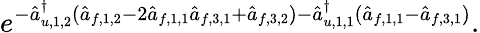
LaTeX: e^{-\hat{a}_{u,1,2}^{\dagger}(\hat{a}_{f,1,2}-2\hat{a}_{f,1,1}\hat{a}_{f,3,1}+\hat{a}_{f,3,2})-\hat{a}_{u,1,1}^{\dagger}(\hat{a}_{f,1,1}-\hat{a}_{f,3,1})}.